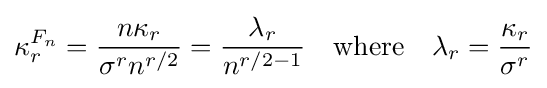
\kappa _{r}^{F_{n}}={\frac {n\kappa _{r}}{\sigma ^{r}n^{r/2}}}={\frac {\lambda _{r}}{n^{r/2-1}}}\quad \mathrm {where} \quad \lambda _{r}={\frac {\kappa _{r}}{\sigma ^{r}}}